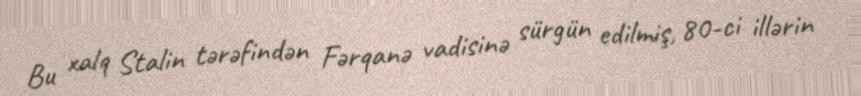
Bu xalq Stalin tərəfindən Fərqanə vadisinə sürgün edilmiş, 80-ci illərin